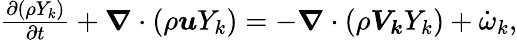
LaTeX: \begin{array}{r}{\frac{\partial(\rho Y_{k})}{\partial t}+\boldsymbol{\nabla}\cdot\left(\rho\boldsymbol{u}Y_{k}\right)=-\boldsymbol{\nabla}\cdot\left(\rho\boldsymbol{V_{k}}Y_{k}\right)+\dot{\omega}_{k},}\end{array}